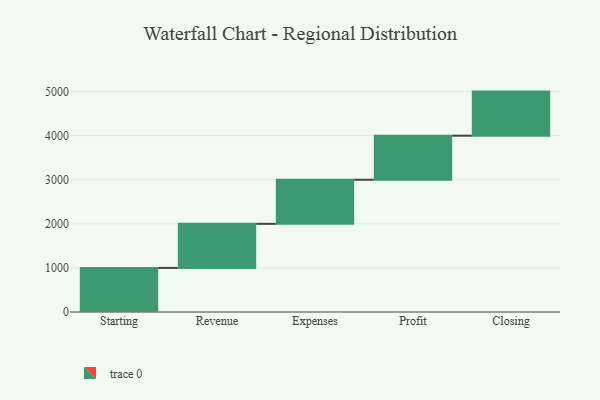
{"axis": {"x": "Step", "y": "Value"}, "legend": [""], "data": [{"x": "Starting", "y": 1000, "type": ""}, {"x": "Revenue", "y": 1000, "type": ""}, {"x": "Expenses", "y": 1000, "type": ""}, {"x": "Profit", "y": 1000, "type": ""}, {"x": "Closing", "y": 1000, "type": ""}]}